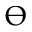
\varTheta